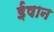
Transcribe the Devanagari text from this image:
ईषान